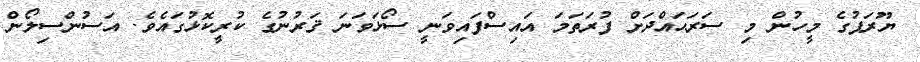
ޔޫރަޕުގެ މީހުން މި ސަރަޙައްދަށް ފުރަތަމަ އައިސްފައިވަނީ ސޯޅަވަނަ ޤަރުނުގެ ކުރީކޮޅުގައެވެ. އަސުންސިލޯން